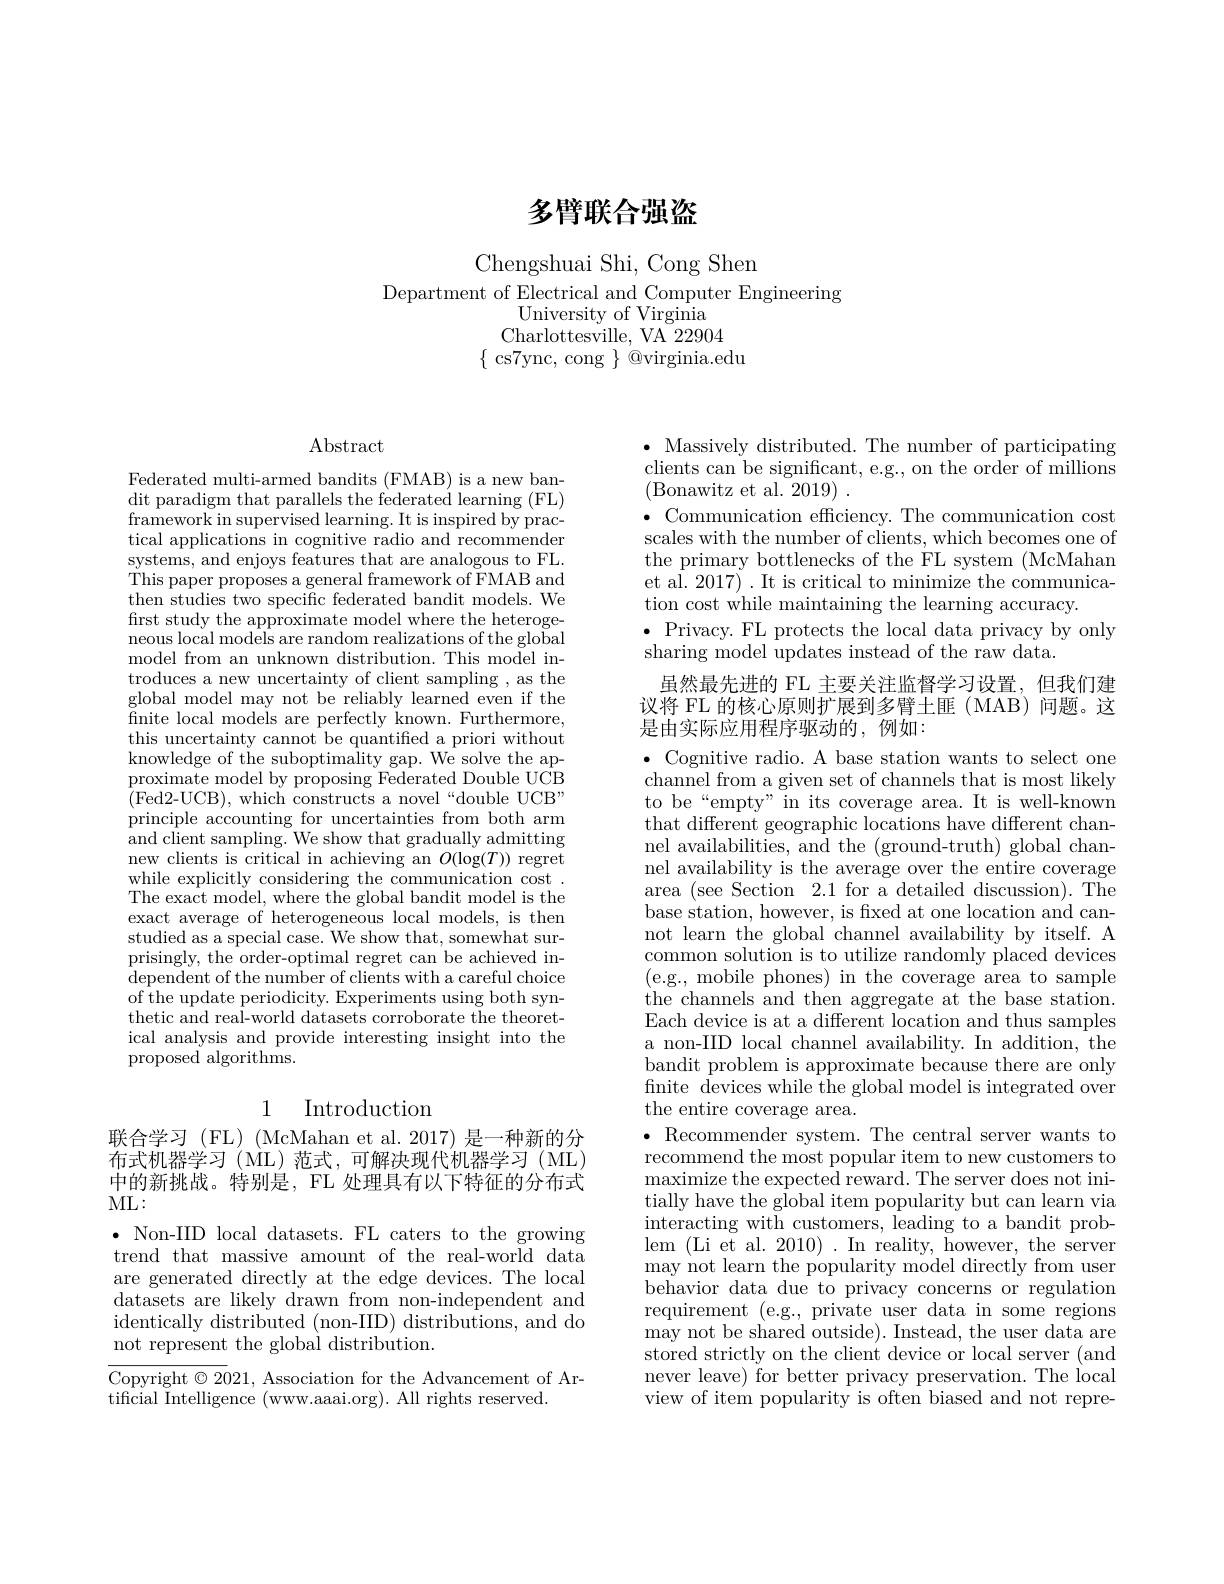
# 多臂联合强盗

Chengshuai Shi, Cong Shen

Department of Electrical and Computer Engineering
University of Virginia Charlottesville, VA 22904
$\{$ cs7ync, cong $\}$ @virginia.edu

Abstract

Federated multi-armed bandits (FMAB) is a new bandit paradigm that parallels the federated learning (FL) framework in supervised learning. It is inspired by practical applications in cognitive radio and recommender systems, and enjoys features that are analogous to FL. This paper proposes a general framework of FMAB and then studies two specific federated bandit models. We first study the approximate model where the heterogeneous local models are random realizations of the global model from an unknown distribution. This model introduces a new uncertainty of client sampling , as the global model may not be reliably learned even if the finite local models are perfectly known. Furthermore, this uncertainty cannot be quantifed a priori without knowledge of the suboptimality gap. We solve the approximate model by proposing Federated Double UCB $\bar{(}$Fed2-UCB), which constructs a novel“double UCB” principle accounting for uncertainties from both arm and client sampling. We show that gradually admitting new clients is critical in achieving an $O(\log(T))$ regret while explicitly considering the communication cost . The exact model, where the global bandit model is the exact average of heterogeneous local models, is then studied as a special case. We show that, somewhat surprisingly, the order-optimal regret can be achieved independent of the number of clients with a careful choice of the update periodicity. Experiments using both synthetic and real-world datasets corroborate the theoretical analysis and provide interesting insight into the proposed algorithms.

## 1 Introduction

联合学习 (FL) (McMahan et al.2017) 是一种新的分布式机器学习(ML)范式，可解决现代机器学习(ML) 中的新挑战。特别是，FL 处理具有以下特征的分布式$ML:$

$\bullet$ Non-IID local datasets. FL caters to the growing trend that massive amount of the real-world data are generated directly at the edge devices. The local datasets are likely drawn from non-independent and identically distributed ( non- IID) distributions, and do not represent the globaì distribution.

Copyright $\odot2021$, Association for the Advancement of Ar-
tificial Intelligence (www.aaai.org). All rights reserved.

$\bullet$ Massively distributed. The number of participating clients can be significant, e.g., on the order of millions (Bonawitz et al. 2019)~.
$\bullet$ Communication efficiency. The communication cost scales with the number of clients, which becomes one of the primary bottlenecks of the FL system (McMahan et al. 2017) . It is critical to minimize the communication cost while maintaining the learning accuracy.
$\bullet$ Privacy. FL protects the local data privacy by only
sharing model updates instead of the raw data.
虽然最先进的 FL 主要关注监督学习设置，但我们建

议将 FL 的核心原则扩展到多臂土匪 (MAB) 问题。这

是由实际应用程序驱动的，例如：
$\bullet$ Cognitive radio. A base station wants to select one channel from a given set of channels that is most likely to be“empty”in its coverage area. It is well-known that different geographic locations have different channel availabilities, and the (ground-truth) global channel availability is the average over the entire coverage area (see Section 2.1 for a detailed discussion). The base station, however, is fixed at one location and cannot learn the global channel availability by itself. A common solution is to utilize randomly placed devices (e.g., mobile phones) in the coverage area to sample the channels and then aggregate at the base station. Each device is at a different location and thus samples a non-IID local channel availability. In addition, the bandit problem is approximate because there are only finite devices while the global model is integrated over the entire coverage area.
$\bullet$ Recommender system. The central server wants to recommend the most popular item to new customers to maximize the expected reward. The server does not initially have the global item popularity but can learn via interacting with customers, leading to a bandit problem ( Li et al. 2010) . In reality, however, the server may not learn the popularity model directly from user behavior data due to privacy concerns or regulation requirement (e.g., private user data in some regions may not be shared outside). Instead, the user data are stored strictly on the client device or local server (and never leave) for better privacy preservation. The local view of item popularity is often biased and not repre-